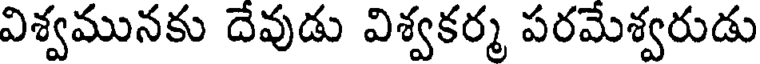
విశ్వమునకు దేవుడు విశ్వకర్మ పరమేశ్వరుడు